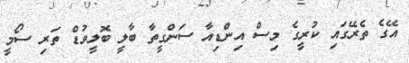
އޭގެ ތެރޭގައި ކުރީގެ މިސް އިންޑިއާ ސަންގީތާ ބާލީ ބޮލީވުޑް ތަރި ސޯމީ